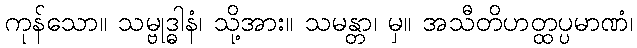
ကုန်သော။ သမ္ဗုဒ္ဓါနံ၊ သို့အား။ သမန္တာ၊ မှ။ အသီတိဟတ္ထပ္ပမာဏံ၊